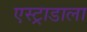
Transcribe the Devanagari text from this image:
एस्ट्राडाला